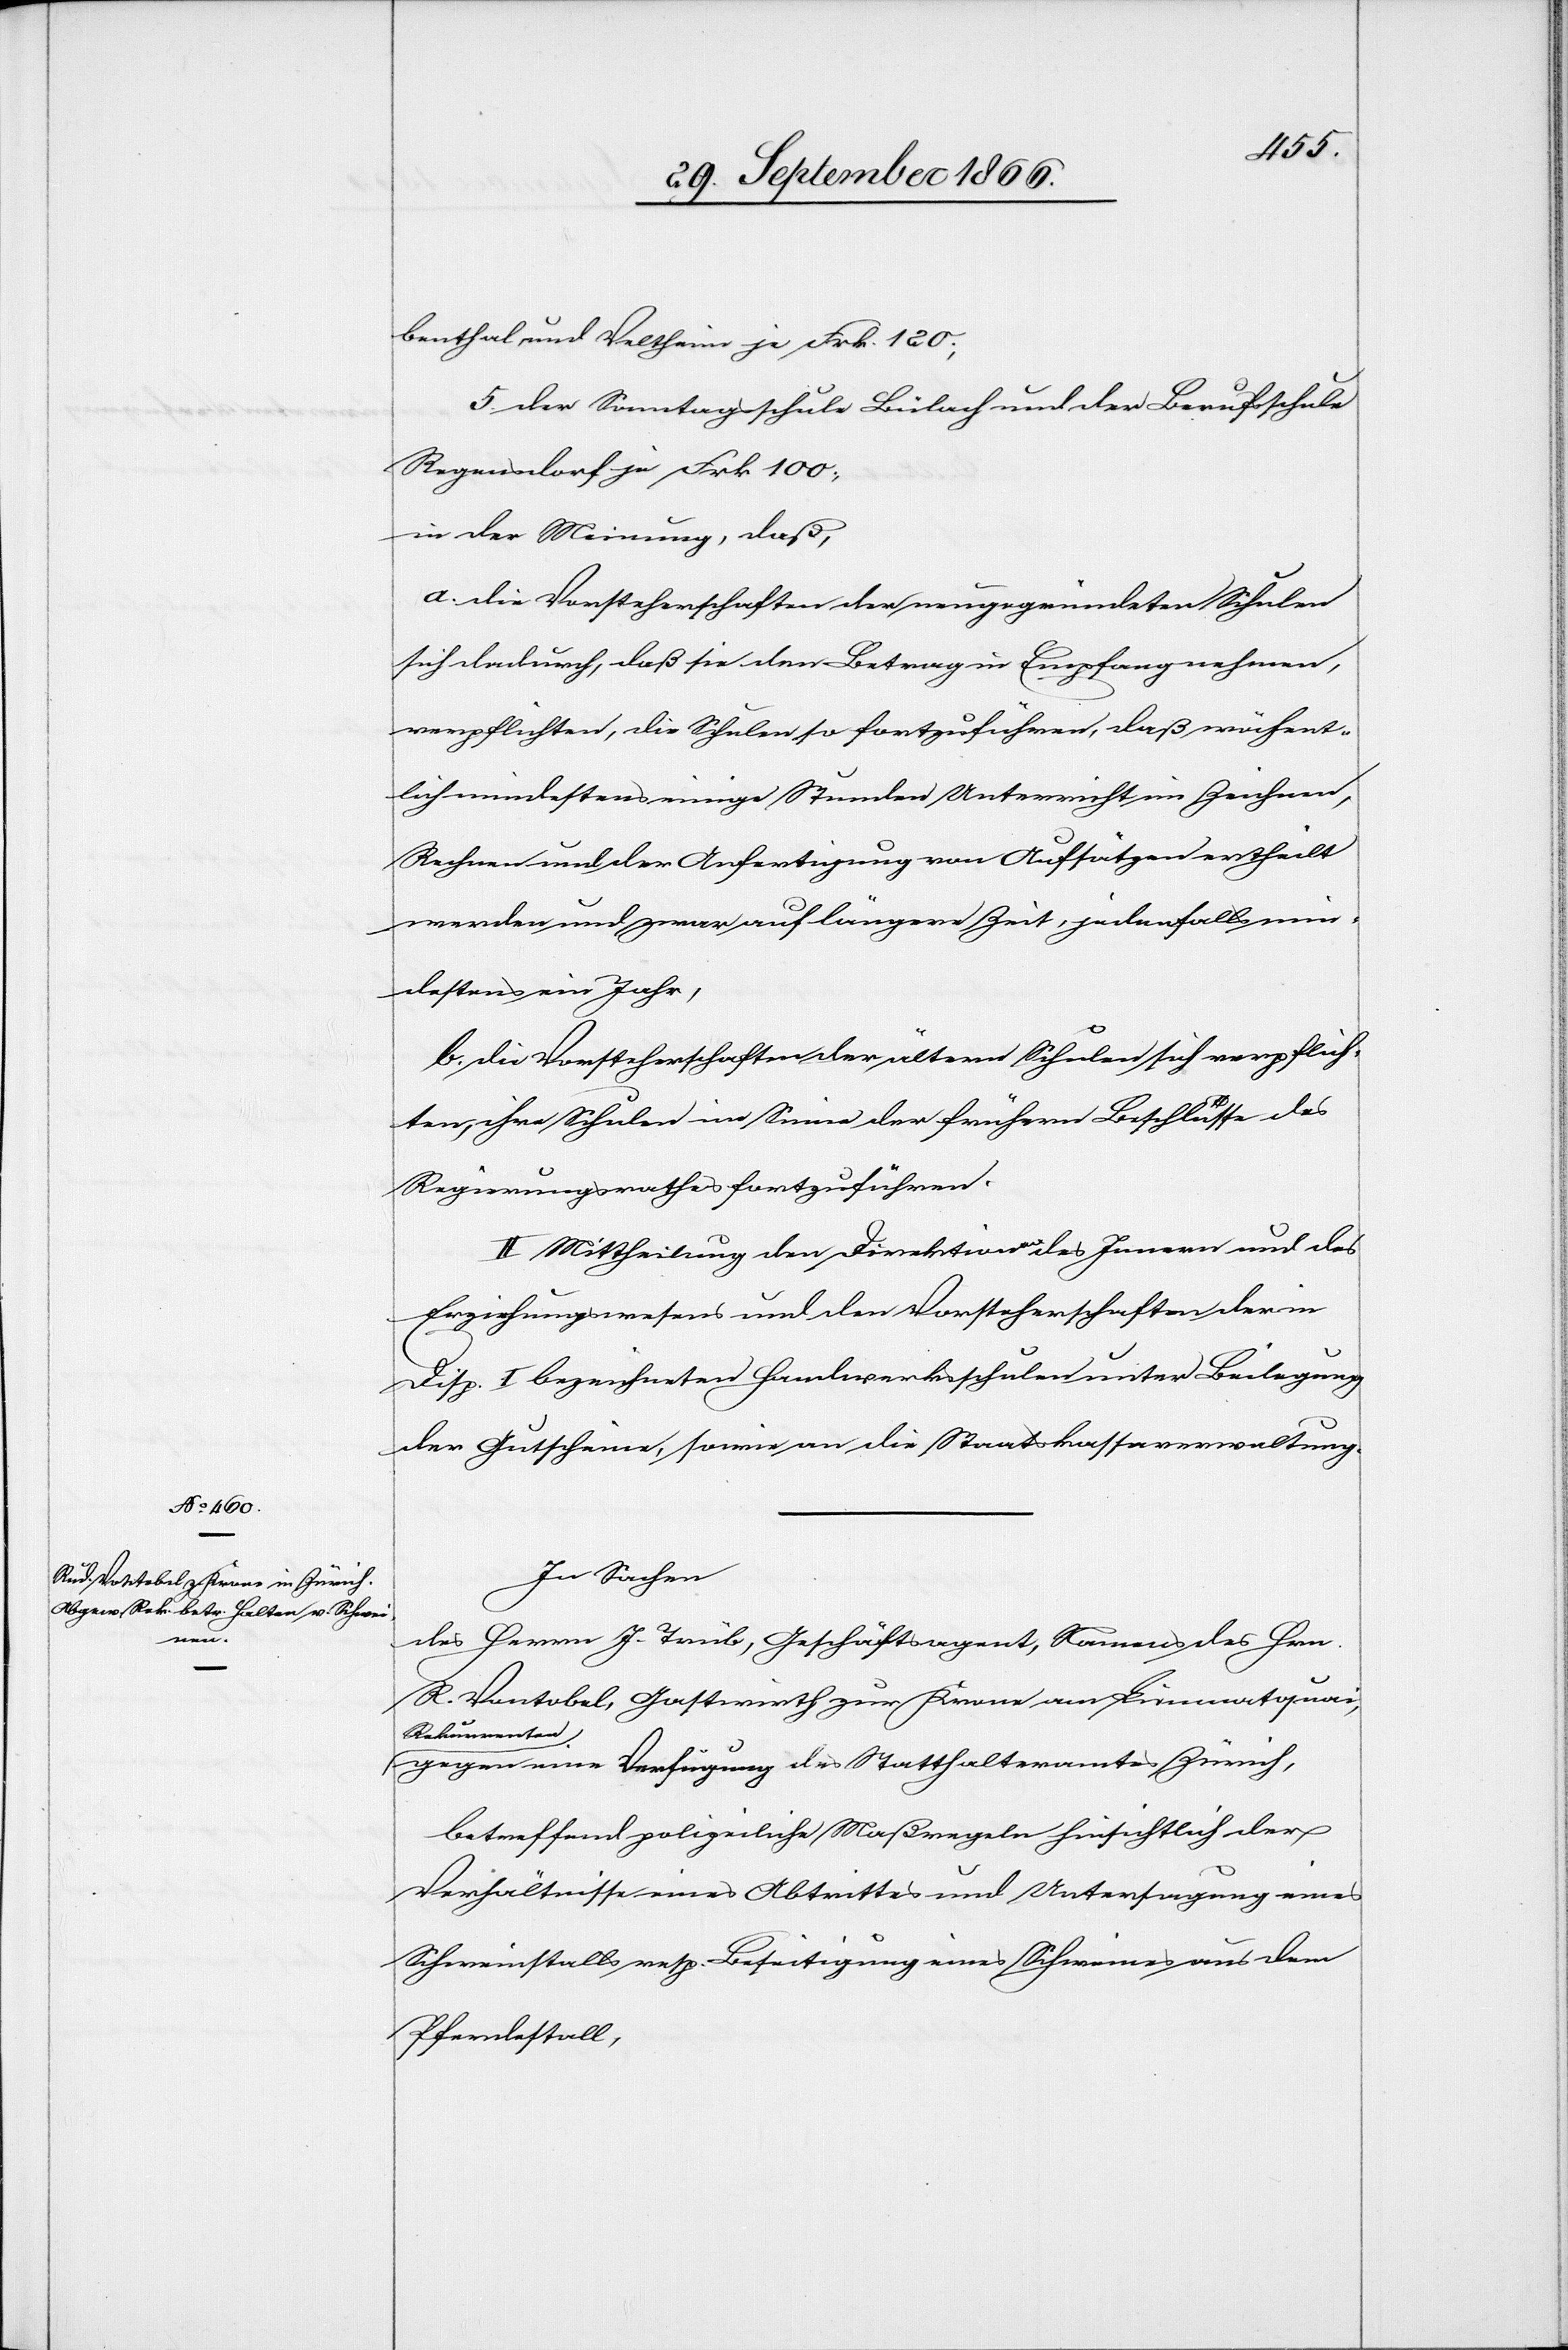
benthal und Veltheim je Frk. 120;
5. Der Sonntagsschule Bülach und der Berufsschule
Regensdorf je Frk. 100.
in der Meinung, daß:
a. die Vorsteherschaften der neugegründeten Schule
sich dadurch, daß sie den Betrag in Empfang nehmen,
verpflichten, die Schule so fortzuführen, daß wöchent¬
lich mindestens einige Stunden Unterricht im Zeichnen,
Rechnen und der Anfertigung von Aufsätzen ertheilt
werden und zwar auf längere Zeit, jedoch min¬
destens ein Jahr,
b. die Vorsteherschaften der ältern Schulen sich verpflich¬
ten, ihre Schulen im Sinne der frühern Beschlüsse des
Regierungsrathes fortzuführen.
II. Mittheilung den Direktionen des Innern und des
Erziehungswesens und den Vorsteherschaften der in
Disp. I bezeichneten Handwerksschulen unter Beilegung
der Gutscheine, sowie an die Staatskassaverwaltung.
In Sachen
des Herrn J. Trüb, Geschäftsagenten, Namens des Hrn.
R. Vontobel, Gastwirth zur Krone am Limmatquai,
Rekurrenten
gegen eine Verfügung des Statthalteramtes Zürich,
betreffend polizeiliche Maßregeln hinsichtlich der
Verhältnisse eines Abtrittes und Untersagung eines
Schweinstalls resp. Beseitigung eines Schweines aus dem
Pferdestall,